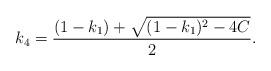
LaTeX: \begin{align*}k_4=\frac{(1-k_1)+\sqrt{(1-k_1)^2-4C}}{2}.\end{align*}